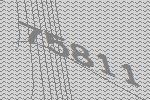
75811